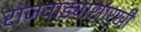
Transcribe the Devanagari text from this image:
राजवाड्यासारखी